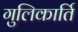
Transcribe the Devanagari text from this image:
गुलिकार्ति